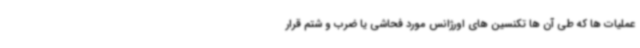
عملیات ها که طی آن ها تکنسین های اورژانس مورد فحاشی یا ضرب و شتم قرار